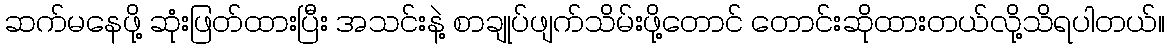
ဆက်မနေဖို့ ဆုံးဖြတ်ထားပြီး အသင်းနဲ့ စာချုပ်ဖျက်သိမ်းဖို့တောင် တောင်းဆိုထားတယ်လို့သိရပါတယ်။